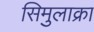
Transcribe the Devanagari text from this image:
सिमुलाक्रा